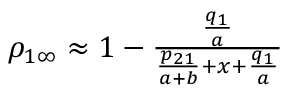
\begin{array} { r } { \rho _ { 1 \infty } \approx 1 - \frac { \frac { q _ { 1 } } { a } } { \frac { p _ { 2 1 } } { a + b } + x + \frac { q _ { 1 } } { a } } } \end{array}